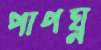
পাপঘ্ন